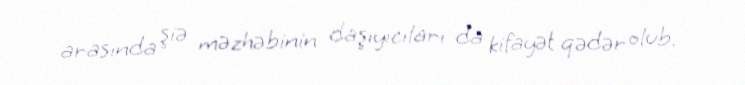
arasında şiə məzhəbinin daşıyıcıları da kifayət qədər olub.